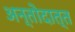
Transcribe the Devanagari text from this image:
अन्तोदात्त